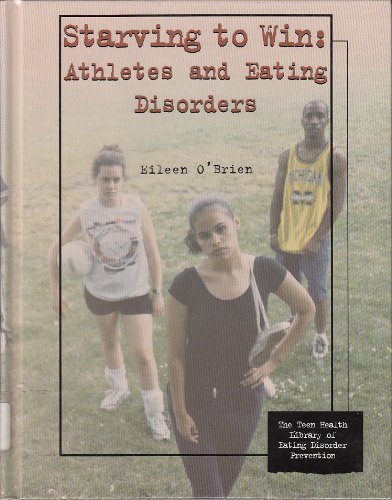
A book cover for Starving to Win: Athletes and Eating Disorders (Teen Health Library of Eating Disorder Prevention); Eileen O'Brien; Teen & Young Adult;